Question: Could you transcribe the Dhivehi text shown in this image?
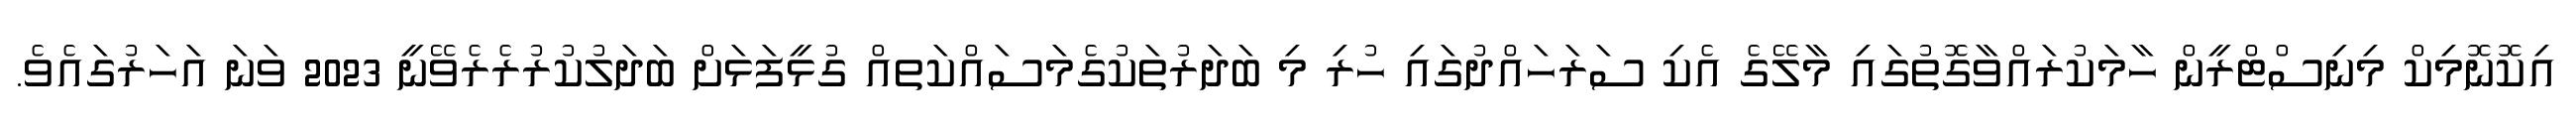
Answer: އިކޮނޮމިކް މިނިސްޓްރީން ހާމަކުރައްވާގޮތުގައި މާލޭގެ އެކި ސަރަހައްދުގައި ހުރި މި ބަދަރުތަކުގެމަސައްކަތއް ގުޅީފަޅަށް ބަދަލުކުރުރެރެވޭނީ 2023 ވަނަ އަހަރުގައެވެ.